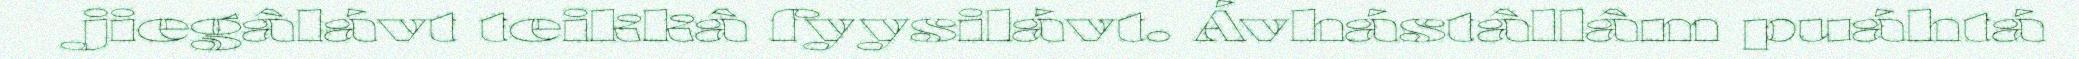
jiegâlávt teikkâ fyysilávt. Ávhástâllâm puáhtá